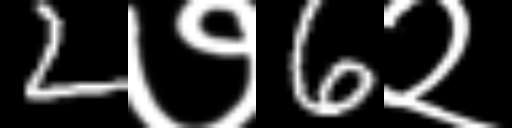
Text: 2७6२